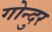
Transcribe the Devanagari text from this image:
गोन्दुर